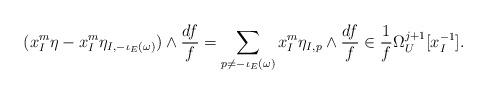
LaTeX: \begin{align*}(x_{I}^{m} \eta - x_{I}^{m} \eta_{I, -\iota_{E}(\omega)}) \wedge \frac{df}{f} = \sum_{ p \neq - \iota_{E}(\omega)} x_{I}^{m} \eta_{I,p} \wedge \frac{df}{f} \in \frac{1}{f} \Omega_{U}^{j+1}[x_{I}^{-1}].\end{align*}